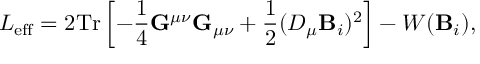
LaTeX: { \cal L } _ { \mathrm { e f f } } = 2 \mathrm { T r } \left[ - { \frac { 1 } { 4 } } { \bf G } ^ { \mu \nu } { \bf G } _ { \mu \nu } + { \frac { 1 } { 2 } } ( { \cal { \cal D } } _ { \mu } { \bf B } _ { i } ) ^ { 2 } \right] - W ( { \bf B } _ { i } ) ,